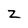
Character: z